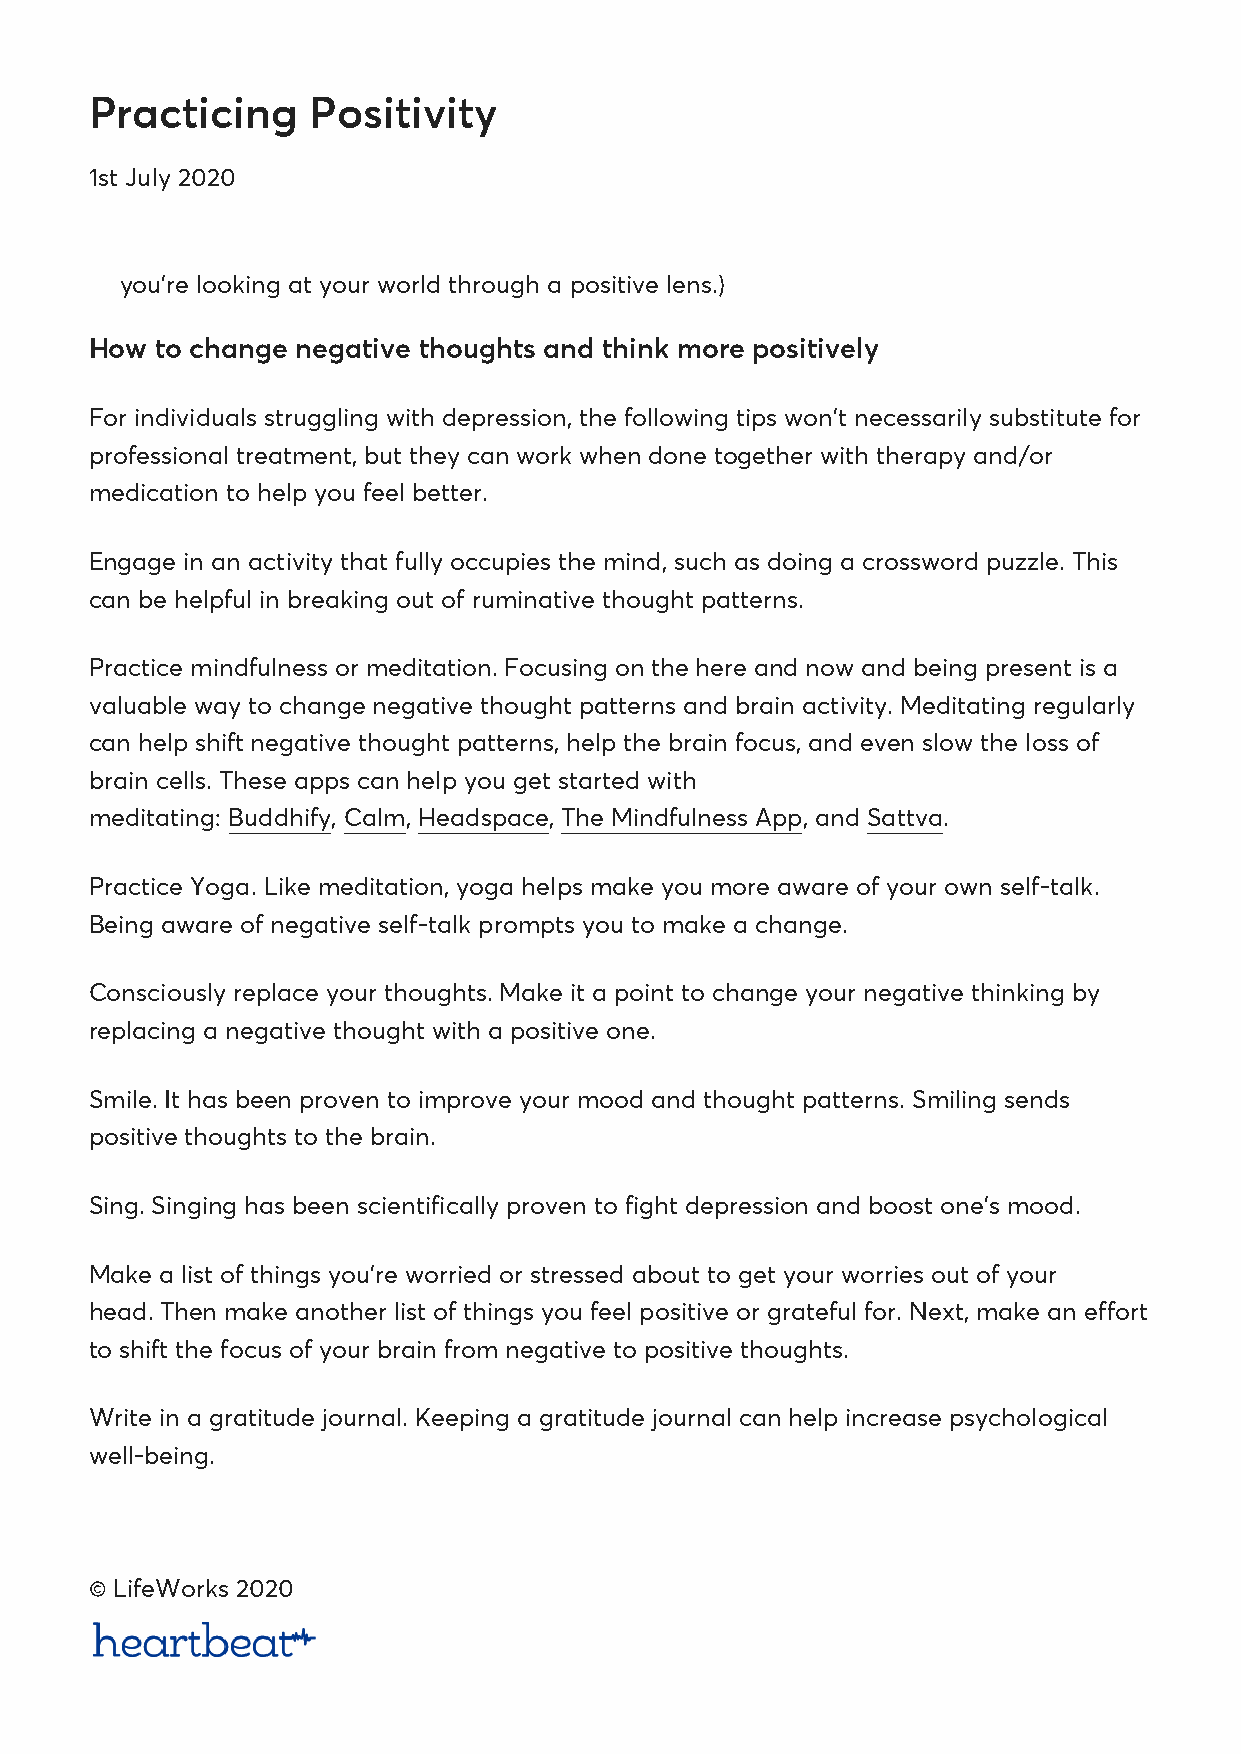
Practicing     Positivity
 1st July 2020
 you’re looking at your world through a positive lens.)
 How to change negative thoughts and think more positively
 For individuals struggling with depression, the following tips won’t necessarily substitute for
 professional treatment, but they can work when done together with therapy and/or
 medication to help you feel better.
 Engage in an activity that fully occupies the mind, such as doing a crossword puzzle. This
 can be helpful in breaking out of ruminative thought patterns.
 Practice mindfulness or meditation. Focusing on the here and now and being present is a
 valuable way to change negative thought patterns and brain activity. Meditating regularly
 can help shift negative thought patterns, help the brain focus, and even slow the loss of
 brain cells. These apps can help you get started with
 meditating: Buddhify, Calm, Headspace, The Mindfulness App, and Sattva.
 Practice Yoga. Like meditation, yoga helps make you more aware of your own self-talk.
 Being aware of negative self-talk prompts you to make a change.
 Consciously replace your thoughts. Make it a point to change your negative thinking by
 replacing a negative thought with a positive one.
 Smile. It has been proven to improve your mood and thought patterns. Smiling sends
 positive thoughts to the brain.
 Sing. Singing has been scientifically proven to fight depression and boost one’s mood.
 Make a list of things you’re worried or stressed about to get your worries out of your
 head. Then make another list of things you feel positive or grateful for. Next, make an effort
 to shift the focus of your brain from negative to positive thoughts.
 Write in a gratitude journal. Keeping a gratitude journal can help increase psychological
 well-being.
 © LifeWorks 2020